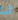
انا